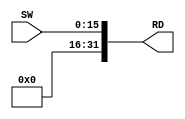
module SWDriver(
    input [15:0] SW,
    output [31:0] RD
    );
    assign RD = {16'b0, SW};
endmodule